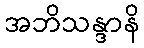
အဘိသန္ဒာနိ